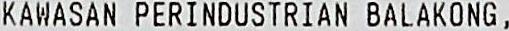
KAWASAN PERINDUSTRIAN BALAKONG ,